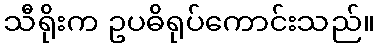
သီရိုးက ဥပဓိရုပ်ကောင်းသည်။